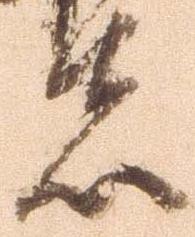
者